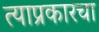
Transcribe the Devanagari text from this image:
त्याप्रकारचा